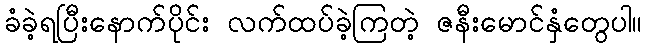
ခံခဲ့ရပြီးနောက်ပိုင်း လက်ထပ်ခဲ့ကြတဲ့ ဇနီးမောင်နှံတွေပါ။